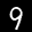
Label: 9